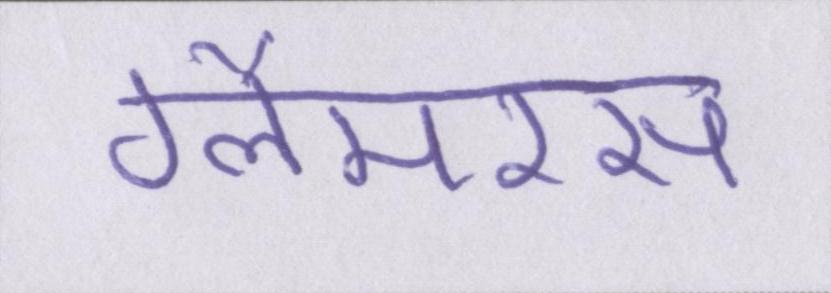
ग्लैमरस